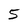
Character: 5